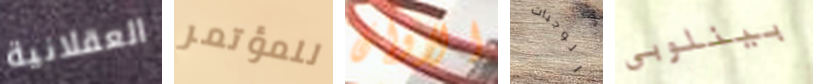
العقلانية للمؤتمر الاوان الوجبات بينلوبي